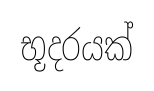
භූදරයක්